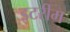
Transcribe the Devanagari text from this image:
इटरीम